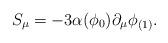
LaTeX: \begin{align*}S_{\mu} = - 3\alpha(\phi_0) \partial_{\mu}\phi_{(1)}.\end{align*}